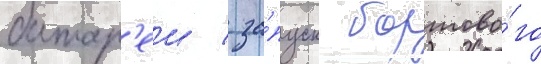
батар'еи / за́пуск бортово́го